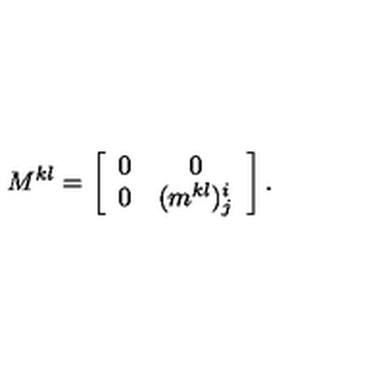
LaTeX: M ^ { k l } = \left[ \begin{array} { c c } { 0 } & { 0 } \\ { 0 } & { ( m ^ { k l } ) _ { j } ^ { i } } \\ \end{array} \right] .